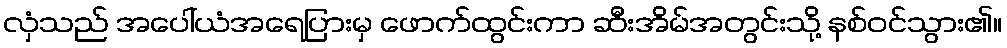
လှံသည် အပေါ်ယံအရေပြားမှ ဖောက်ထွင်းကာ ဆီးအိမ်အတွင်းသို့ နစ်ဝင်သွား၏။